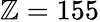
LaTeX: \mathbb{Z}=155